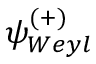
\psi _ { W e y l } ^ { ( + ) }